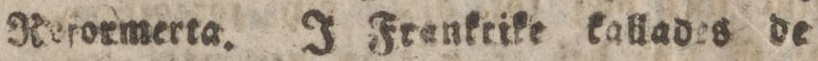
Reformerta. J Frankrike kallades de